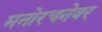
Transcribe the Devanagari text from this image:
मनोरचनेवर